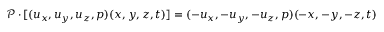
\mathcal { P } \cdot [ ( u _ { x } , u _ { y } , u _ { z } , p ) ( x , y , z , t ) ] = ( - u _ { x } , - u _ { y } , - u _ { z } , p ) ( - x , - y , - z , t )